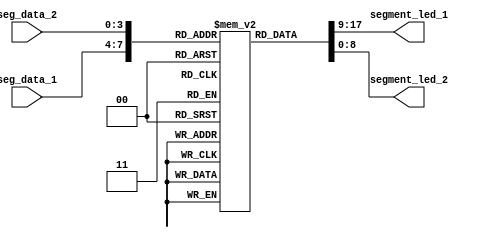
// --------------------------------------------------------------------
// >>>>>>>>>>>>>>>>>>>>>>>>> COPYRIGHT NOTICE <<<<<<<<<<<<<<<<<<<<<<<<<
// --------------------------------------------------------------------
// Module: segment_led
// 
// 
// Description: segment_led
// 
// Web: www.ecbcamp.com
// 
// --------------------------------------------------------------------
// Code Revision History :
// --------------------------------------------------------------------
// Version: |Mod. Date:   |Changes Made:
// V1.0     |2016/04/20   |Initial ver
// --------------------------------------------------------------------
module segment_led
(
input  [3:0] seg_data_1,  //seg_data input
input  [3:0] seg_data_2,  //seg_data input
output [8:0] segment_led_1,  //MSB~LSB = SEG,DP,G,F,E,D,C,B,A
output [8:0] segment_led_2   //MSB~LSB = SEG,DP,G,F,E,D,C,B,A
);

reg[8:0] seg [9:0]; 
initial 
	begin
		seg[0] = 9'h3f;   //  0
		seg[1] = 9'h06;   //  1
		seg[2] = 9'h5b;   //  2
		seg[3] = 9'h4f;   //  3
		seg[4] = 9'h66;   //  4
		seg[5] = 9'h6d;   //  5
		seg[6] = 9'h7d;   //  6
		seg[7] = 9'h07;   //  7
		seg[8] = 9'h7f;   //  8
		seg[9] = 9'h6f;   //  9
	end

assign segment_led_1 = seg[seg_data_1];
assign segment_led_2 = seg[seg_data_2];

endmodule